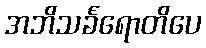
အဘိသင်္ခရောတိပေ